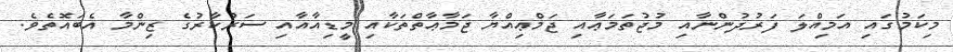
މިކަމުގައި އަމިއްލަ ފަރުދުންނާއި މުޖުތަމަޢާއި ޖަމްޢިއްޔާ ޖަމާޢާތްތަކާއި މީޑިއާއާއި ސަރުކާރުގެ ޒިންމާ އެބައޮތެވެ.